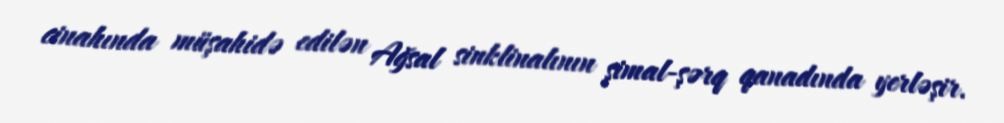
cinahında müşahidə edilən Ağsal sinklinalının şimal-şərq qanadında yerləşir.